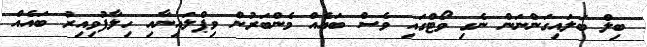
ބިލް ބަލައިގަންނަން ނެގި ވޯޓްގައި ވެސް ބައެއް މެންބަރުން ވިޕްލައިނާއި ހިލާފުވިއިރު ބައެއް